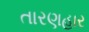
તારણહાર